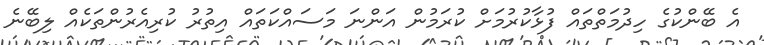
އެ ބޭންކުގެ ހިދުމަތްތައް ފުޅާކުރުމަށް ކުރަމުން އަންނަ މަސައްކަތައް އިތުރު ކުރިއެރުންތަކެއް ލިބޭނެ